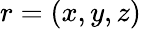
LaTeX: r=(x,y,z)